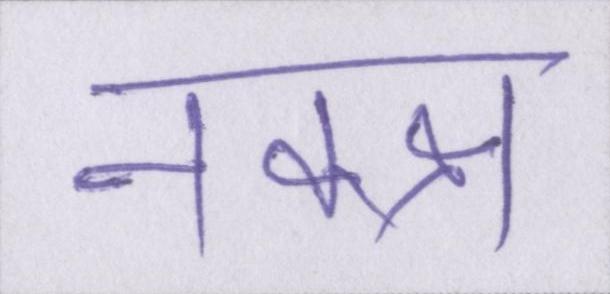
नक्क्ष